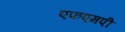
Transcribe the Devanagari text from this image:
एफएमपी